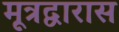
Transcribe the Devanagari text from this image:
मूत्रद्वारास